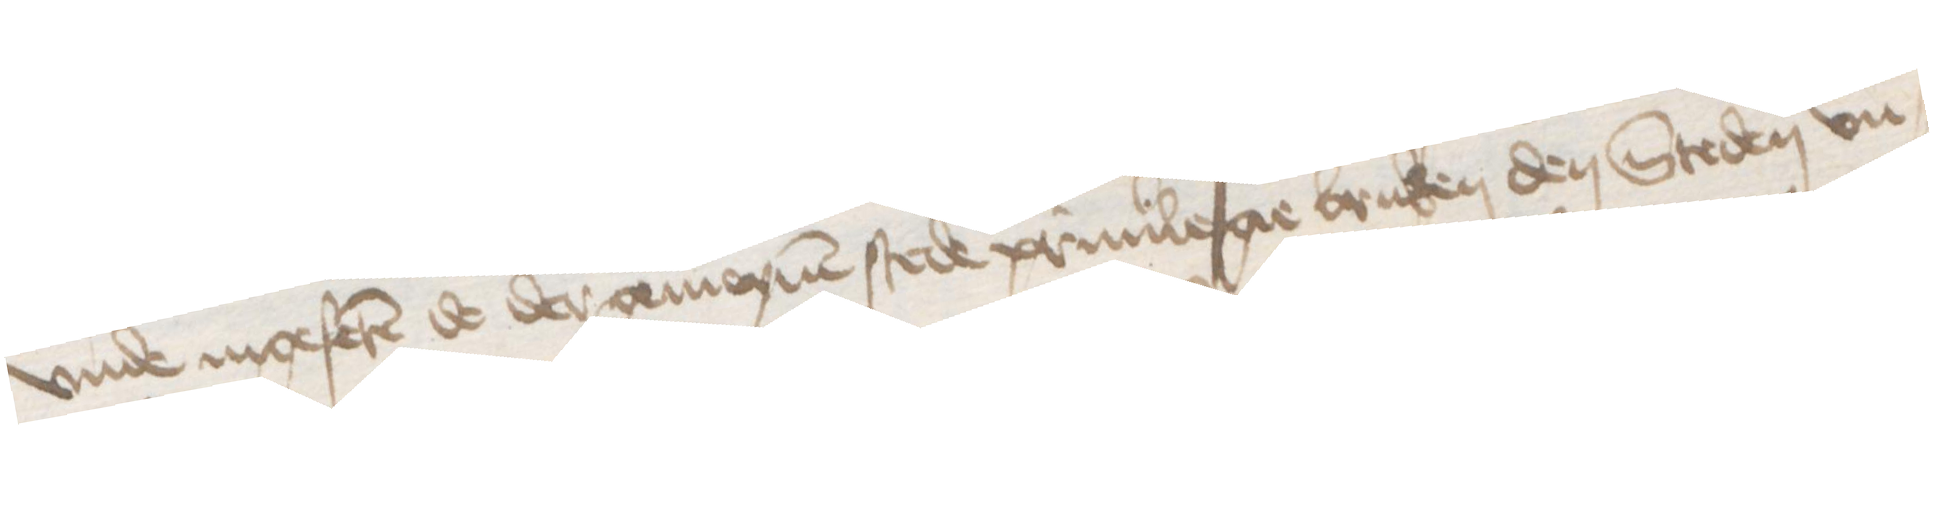
vnde ingeferen de der gemeynen stede priuilegie bruken den Steden vn¬